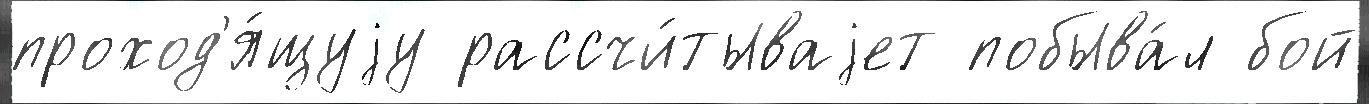
проход'я́щуjу рассчи́тываjет побыва́л бой